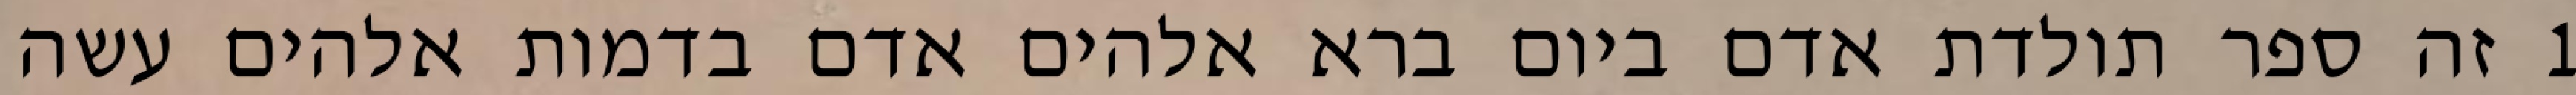
1 זה ספר תולדת אדם ביום ברא אלהים אדם בדמות אלהים עשה